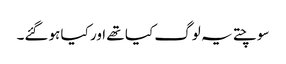
سوچتے یہ لوگ کیا تھے اور کیا ہوگئے۔